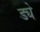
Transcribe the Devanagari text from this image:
ड्ये